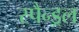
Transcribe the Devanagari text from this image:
स्पैन्ड्रल